NAE_ERA_R-2362_Emakeele_Selts, lk 8
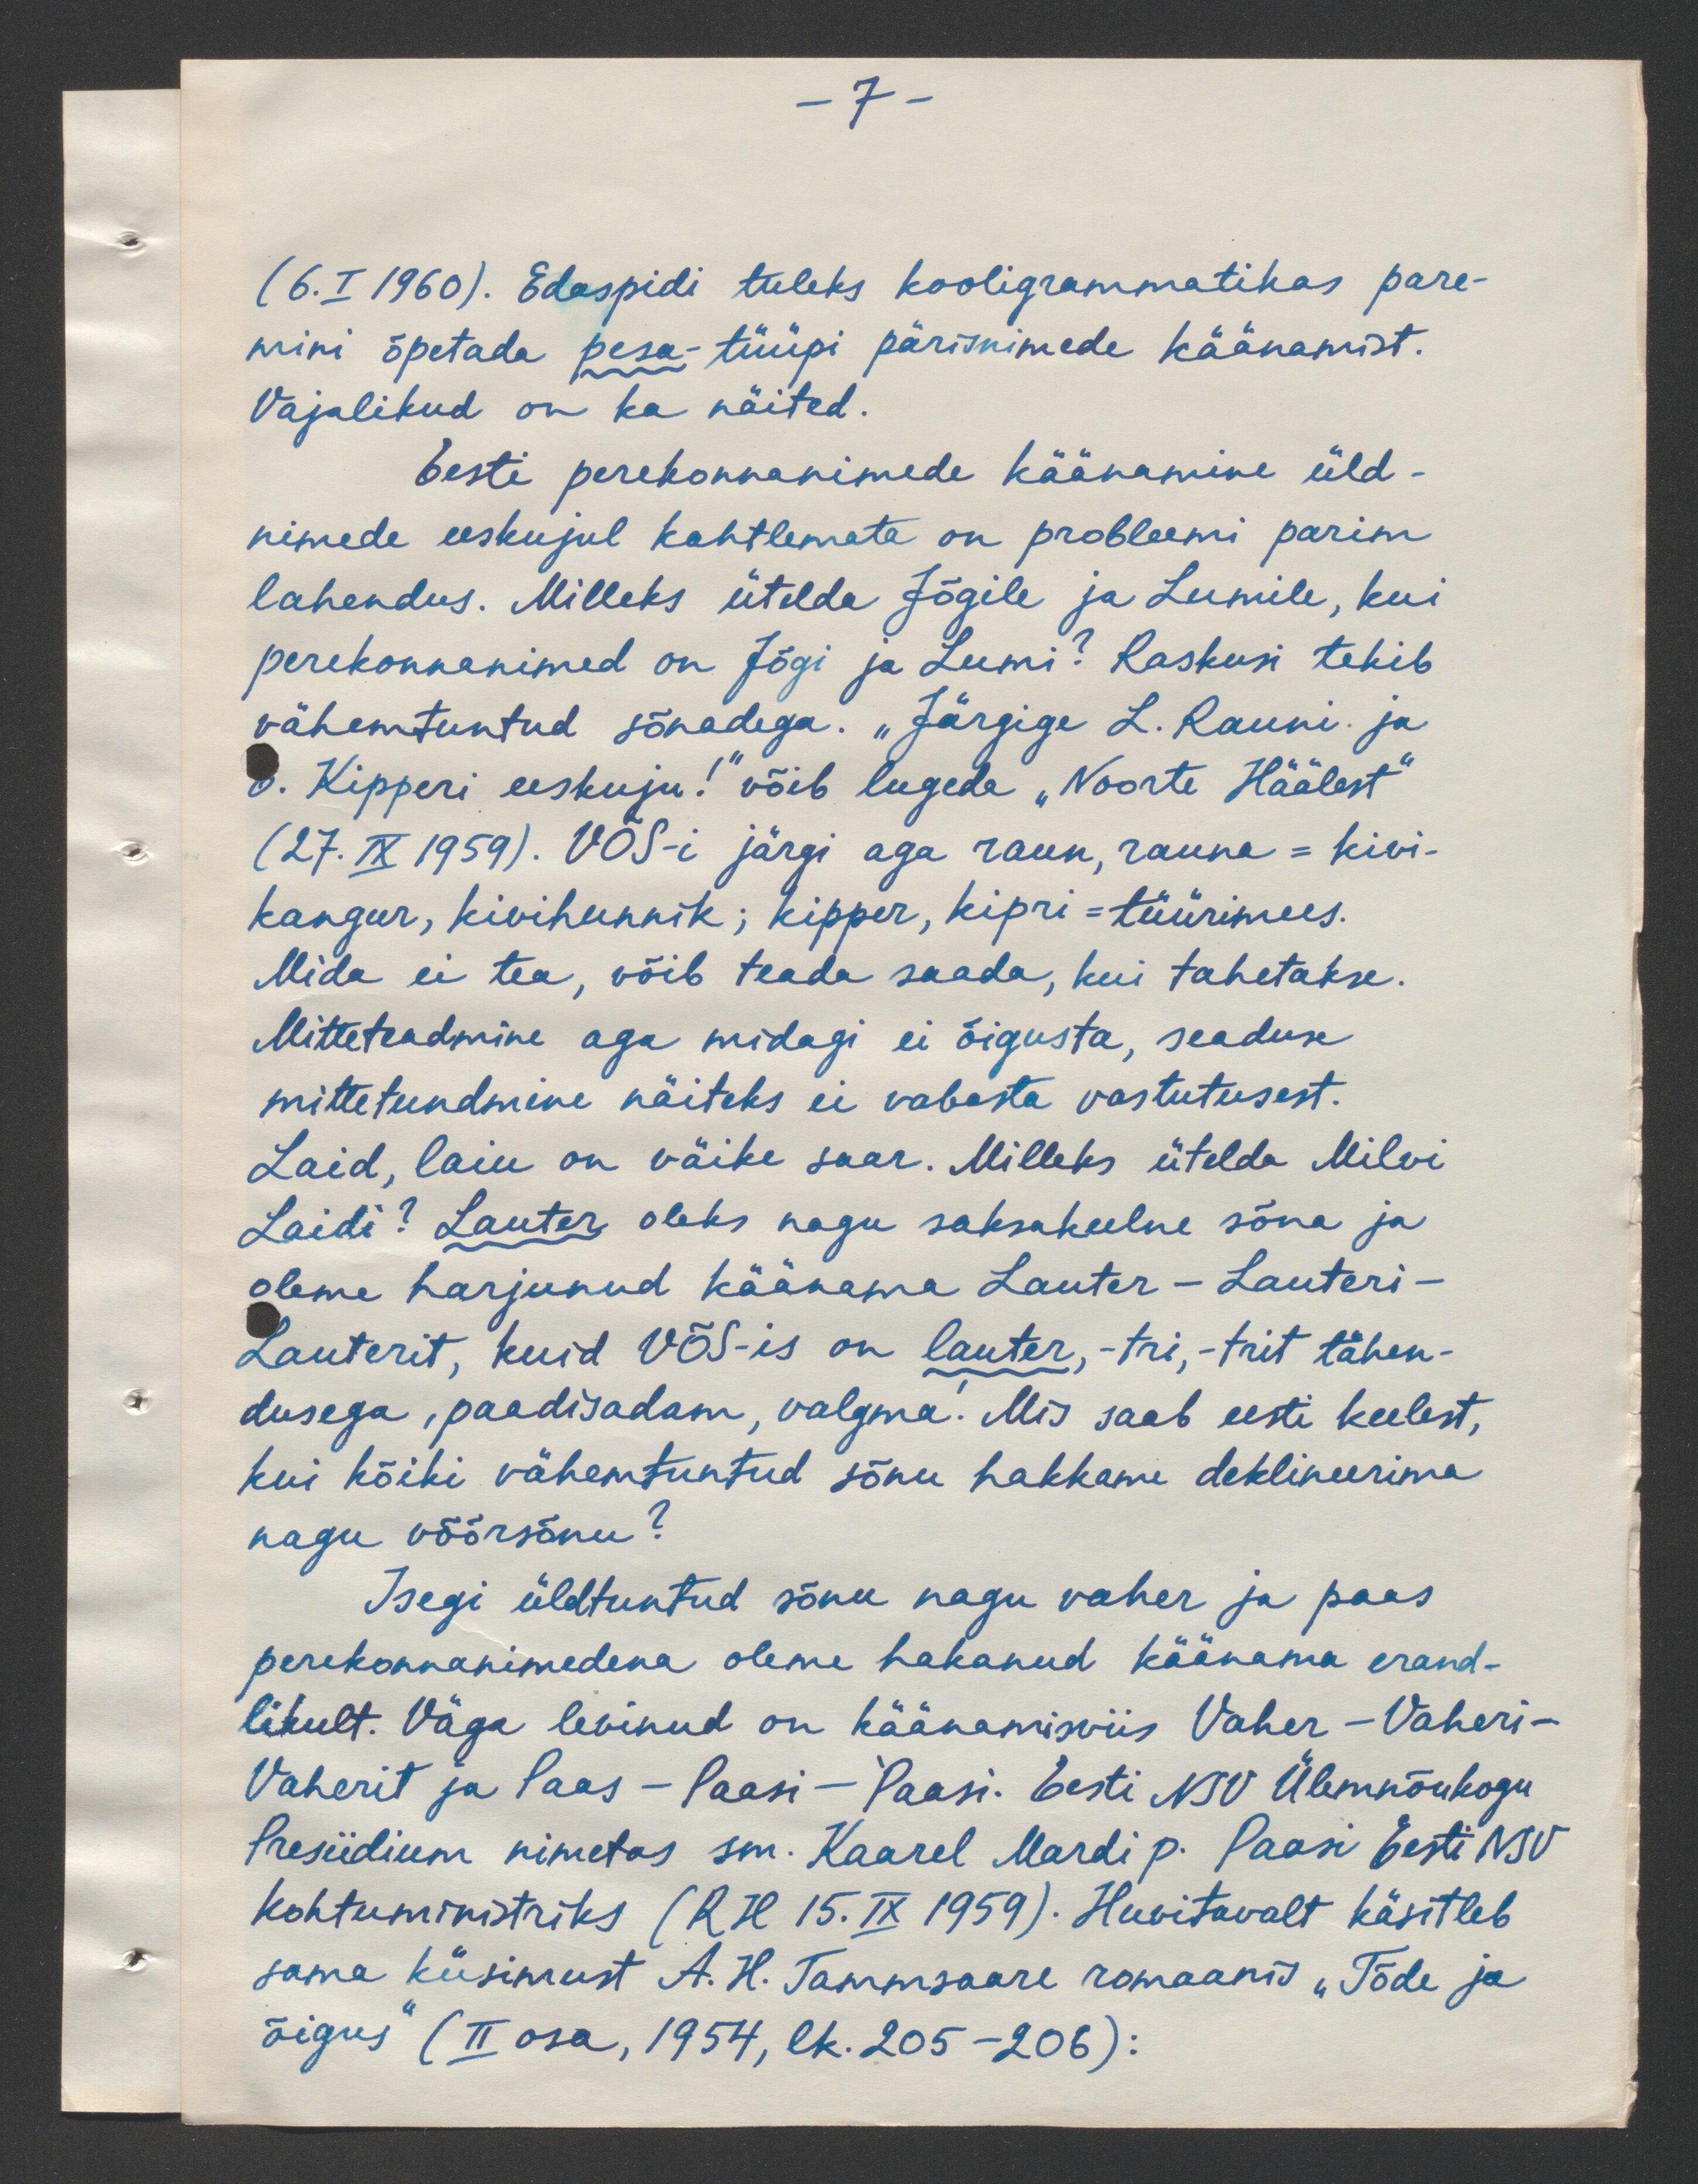
-7-

(6.I 1960). Edaspidi tuleks kooligrammatikas pare-
mini õpetada pesa-tüüpi pärisminede käänamist.
Vajalikud on ka näited.
Eesti perekonnanimede käänamine üld-
nimede eeskujul kahtlemata on probleemi parim
lahendus. Milleks ütelda Jõgile ja Lumile, kui
perekonnanimed on Jõgi ja Lumi! Raskusi tekib
vähentuntud sõnadega. "Järgige L. Rauni ja
O. Kipperi eeskuju!" võib lugeda "Noorte Häälest"
(27. IX 1959). VÕS-i järgi aga raun, rauna = kivi-
kangur, kivihunnik; kipper, kipri-tüürimees.
Mida ei tea, võib teada saada, kui tahetakse.
Mitteteadmine aga midagi ei õigusta, seaduse
mittetundmine näiteks ei vabasta vastutusest.
Laid, laiu on väike saar. Milleks ütelda Milvi
Laidi? Lauter oleks nagu saksakeelne sõna ja
oleme harjunud käänama Lauter - Lauteri-
Lauterit, kuid VÕS-is on lauter, - tri,- trit tähen-
dusega, paadisadam, valgma. Mis saab eesti keelest,
kui kõiki vähentuntud sõnu hakkame deklineerima
nagu võõrsõnu?
Isegi üldtuntud sõnu nagu vaher ja paas
perekonnanimedena oleme hakanud käänama erand-
likult. Väga levinud on käänamisviis Vaher - Vaheri-
Vaherit ja Paas - Paasi - Paasi. Eesti NSV Ülemnõukogu
Presiidium nimetas sm. Kaarel Mardi p. Paasi Eesti NSV
kohtuministriks (RH 15.IX 1959). Huvitavalt käsitleb
sama küsimust A. H. Tammsaare romaanis "Tõde ja
õigus (II osa, 1954, lk.205-206):